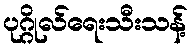
ပုဂ္ဂိုလ်ရေးသီးသန့်